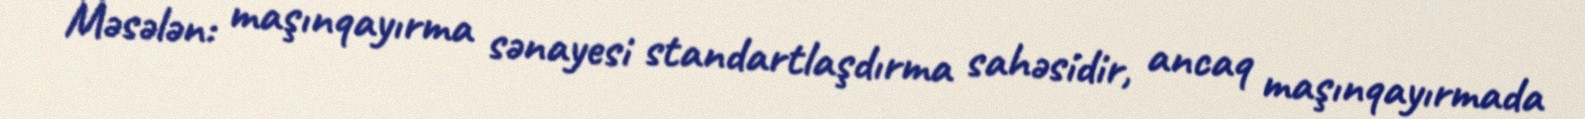
Məsələn: maşınqayırma sənayesi standartlaşdırma sahəsidir, ancaq maşınqayırmada